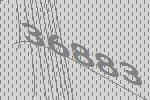
36883